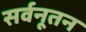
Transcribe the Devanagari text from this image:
सर्वनूतन